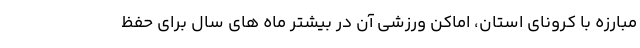
مبارزه با کرونای استان، اماکن ورزشی آن در بیشتر ماه های سال برای حفظ